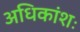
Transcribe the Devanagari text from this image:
अधिकांशः